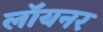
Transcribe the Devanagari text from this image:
लॉयनर